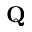
\mathrm { \bf Q }